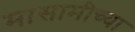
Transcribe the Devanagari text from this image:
मासामीच्या